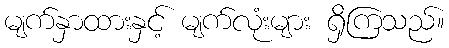
မျက်နှာထားနှင့် မျက်လုံးများ ရှိကြသည်။